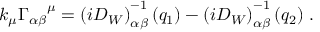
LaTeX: k _ { \mu } { \Gamma _ { \alpha \beta } } ^ { \mu } = \left( i D _ { W } \right) _ { \alpha \beta } ^ { - 1 } ( q _ { 1 } ) - \left( i D _ { W } \right) _ { \alpha \beta } ^ { - 1 } ( q _ { 2 } ) \; .